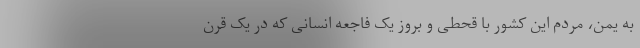
به یمن، مردم این کشور با قحطی و بروز یک فاجعه انسانی که در یک قرن